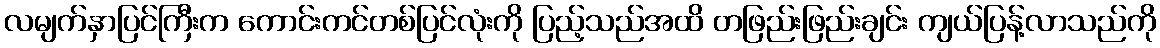
လမျက်နှာပြင်ကြီးက ကောင်းကင်တစ်ပြင်လုံးကို ပြည့်သည်အထိ တဖြည်းဖြည်းချင်း ကျယ်ပြန့်လာသည်ကို